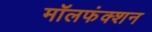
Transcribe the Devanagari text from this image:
मॉलफंक्शन